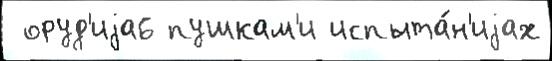
 оруд'иjа6 пушкам'и испыта́н'иjах